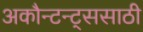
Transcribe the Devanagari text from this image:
अकौन्टन्ट्‌ससाठी